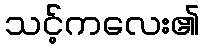
သင့်ကလေး၏